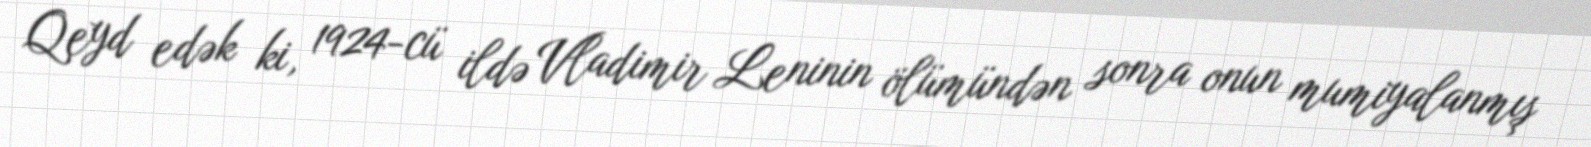
Qeyd edək ki, 1924-cü ildə Vladimir Leninin ölümündən sonra onun mumiyalanmış